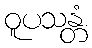
ဝူပသန္တံ